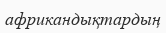
африкандықтардың